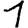
Digit: 1